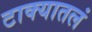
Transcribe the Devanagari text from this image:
टाक्यातलं